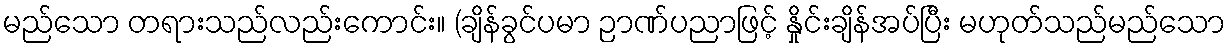
မည်သော တရားသည်လည်းကောင်း။ (ချိန်ခွင်ပမာ ဉာဏ်ပညာဖြင့် နှိုင်းချိန်အပ်ပြီး မဟုတ်သည်မည်သော